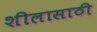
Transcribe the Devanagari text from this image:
शीलासाठी